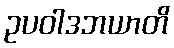
ဥပဝါဒဘယာတိ